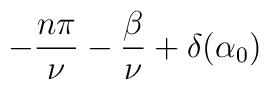
-\frac{n\pi}{\nu}-\frac{\beta}{\nu}+\delta(\alpha_0)